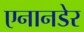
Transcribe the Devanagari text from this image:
एनानडेर